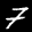
Label: 7